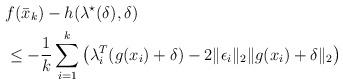
LaTeX: \begin{align*}& f(\bar x_k) - h(\lambda^\star(\delta),\delta) \\& \le - \frac{1}{k} \sum_{i=1}^k \left( \lambda_i^T (g(x_i) + \delta) - 2 \| \epsilon_i \|_2 \| g(x_i) + \delta \|_2 \right) \end{align*}